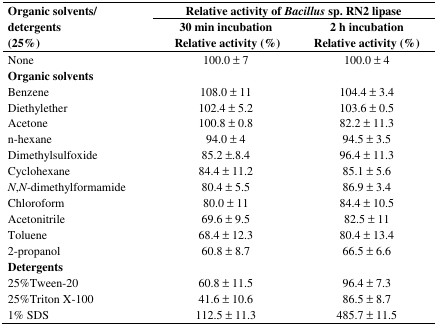
<table><thead><tr><td rowspan="2"><b>Organic solvents/detergents (25%)</b></td><td colspan="2"><b>Relative activity of <i>Bacillus</i> sp. RN2 lipase</b></td></tr><tr><td><b>30 min incubation Relative activity (%)</b></td><td><b>2 h incubation Relative activity (%)</b></td></tr></thead><tbody><tr><td>None</td><td>100.0 ± 7</td><td>100.0 ± 4</td></tr><tr><td colspan="3"><b>Organic solvents</b></td></tr><tr><td>Benzene</td><td>108.0 ± 11</td><td>104.4 ± 3.4</td></tr><tr><td>Diethylether</td><td>102.4 ± 5.2</td><td>103.6 ± 0.5</td></tr><tr><td>Acetone</td><td>100.8 ± 0.8</td><td>82.2 ± 11.3</td></tr><tr><td>n-hexane</td><td>94.0 ± 4</td><td>94.5 ± 3.5</td></tr><tr><td>Dimethylsulfoxide</td><td>85.2 ±.8.4</td><td>96.4 ± 11.3</td></tr><tr><td>Cyclohexane</td><td>84.4 ± 11.2</td><td>85.1 ± 5.6</td></tr><tr><td><i>N</i>,<i>N</i>-dimethylformamide</td><td>80.4 ± 5.5</td><td>86.9 ± 3.4</td></tr><tr><td>Chloroform</td><td>80.0 ± 11</td><td>84.4 ± 10.5</td></tr><tr><td>Acetonitrile</td><td>69.6 ± 9.5</td><td>82.5 ± 11</td></tr><tr><td>Toluene</td><td>68.4 ± 12.3</td><td>80.4 ± 13.4</td></tr><tr><td>2-propanol</td><td>60.8 ± 8.7</td><td>66.5 ± 6.6</td></tr><tr><td colspan="3"><b>Detergents</b></td></tr><tr><td>25%Tween-20</td><td>60.8 ± 11.5</td><td>96.4 ± 7.3</td></tr><tr><td>25%Triton X-100</td><td>41.6 ± 10.6</td><td>86.5 ± 8.7</td></tr><tr><td>1% SDS</td><td>112.5 ± 11.3</td><td>485.7 ± 11.5</td></tr></tbody></table>